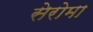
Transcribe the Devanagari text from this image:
सेरोमा